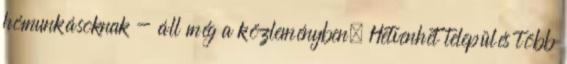
hómunkásoknak - áll még a közleményben. Hetvenhét település több